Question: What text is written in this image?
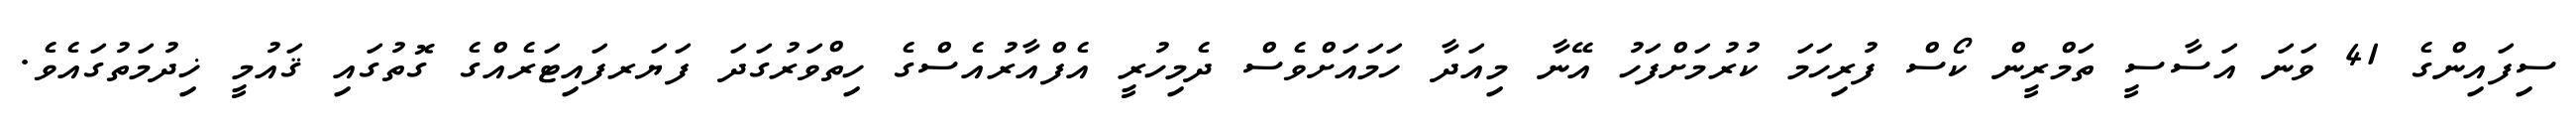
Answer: ސިފައިންގެ 41 ވަނަ އަސާސީ ތަމްރީން ކޯސް ފުރިހަމަ ކުރުމަށްފަހު އޭނާ މިއަދާ ހަމައަށްވެސް ދެމިހުރީ އެފްއާރުއެސްގެ ހިތްވަރުގަދަ ފަޔަރފައިޓަރެއްގެ ގޮތުގައި ޤައުމީ ޚިދުމަތުގައެވެ.